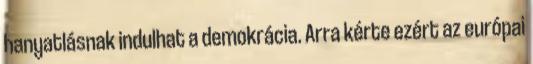
hanyatlásnak indulhat a demokrácia. Arra kérte ezért az európai